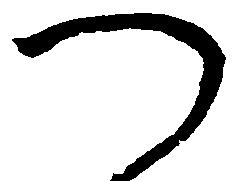
つ